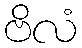
ဗိလံ